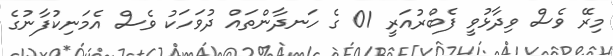
މިރޭ ވެސް ވިދާޅުވީ ފެބްރުއަރީ 01 ގެ ހަނދާންތައް ދުވަހަކު ވެސް އެމަނިކުފާނުގެ